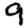
Digit: 9